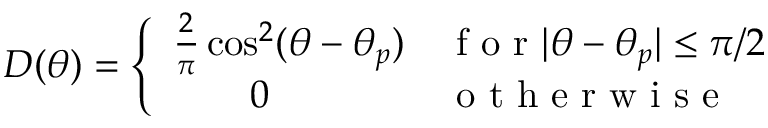
D ( \theta ) = \left\{ \begin{array} { l l } { \frac { 2 } { \pi } \cos ^ { 2 } ( \theta - \theta _ { p } ) } & { \mathrm { ~ f ~ o ~ r ~ } | \theta - \theta _ { p } | \leq \pi / 2 } \\ { \qquad 0 } & { \mathrm { ~ o ~ t ~ h ~ e ~ r ~ w ~ i ~ s ~ e ~ } } \end{array} \right.